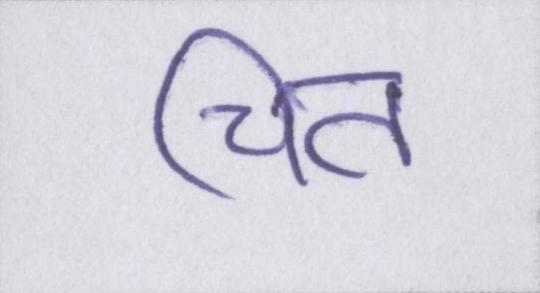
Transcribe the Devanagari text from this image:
चित